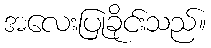
အလေးပြုခိုင်းသည်။